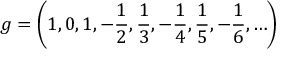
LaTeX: g = \left( 1 , 0 , 1 , - { \frac { 1 } { 2 } } , { \frac { 1 } { 3 } } , - { \frac { 1 } { 4 } } , { \frac { 1 } { 5 } } , - { \frac { 1 } { 6 } } , \ldots \right)